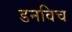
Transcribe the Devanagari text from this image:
डनविच